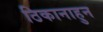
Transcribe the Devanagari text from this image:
ठिकानाहुन